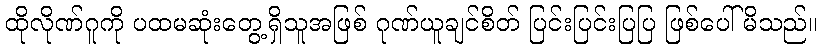
ထိုလိုဏ်ဂူကို ပထမဆုံးတွေ့ရှိသူအဖြစ် ဂုဏ်ယူချင်စိတ် ပြင်းပြင်းပြပြ ဖြစ်ပေါ်မိသည်။